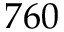
7 6 0